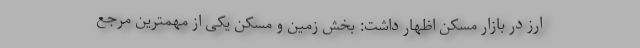
ارز در بازار مسکن اظهار داشت: بخش زمین و مسکن یکی از مهمترین مرجع